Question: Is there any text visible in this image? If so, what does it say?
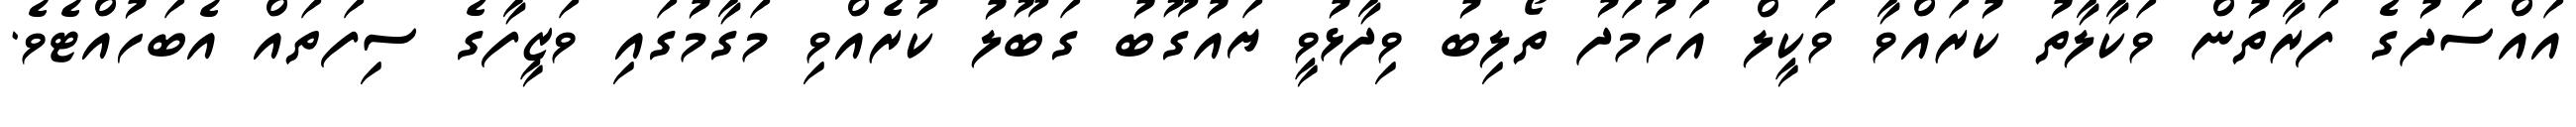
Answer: އައްސަދުގެ ފަރާތުން ވަކާލާތު ކުރައްވާ ވަކީލް އަހުމަދު ތޯލިބު ވިދާޅުވީ ޔައުގޫބު ގަބޫލު ކުރެއްވި މަގާމުގައި ވަޒީފާގެ ސިފަތައް އެބަހުއްޓެވެ.